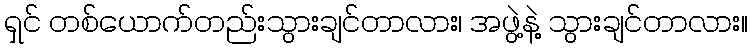
ရှင် တစ်ယောက်တည်းသွားချင်တာလား၊ အဖွဲ့နဲ့ သွားချင်တာလား။